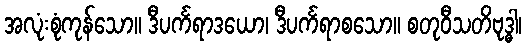
အလုံးစုံကုန်သော။ ဒီပင်္ကရာဒယော၊ ဒီပင်္ကရာစသော။ စတုဝီသတိဗုဒ္ဓါ၊